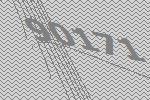
90171